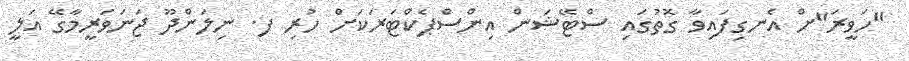
"ހަވީރަ"ށް އެނގިފައިވާ ގޮތުގައި ސްޓޭޝަން އިންސްޕެކްޓަރަކަށް ހުރި ފ. ނިލަންދޫ ޖަނަވަރީމާގޭ އަލީ